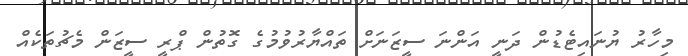
މިހާރު ޔުނައިޓެޑުން ދަނީ އަންނަ ސީޒަނަށް ތައްޔާރުވުމުގެ ގޮތުން ޕްރީ ސީޒަން މެޗުތަކެއް